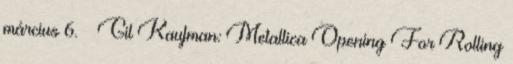
március 6. ↑ Gil Kaufman: Metallica Opening For Rolling